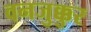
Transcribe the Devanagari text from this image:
वनजुक्कुर